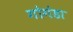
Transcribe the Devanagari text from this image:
गोगंडा